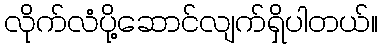
လိုက်လံပို့ဆောင်လျက်ရှိပါတယ်။